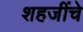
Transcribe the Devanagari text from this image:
शहजींचे